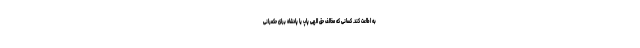
به اطاعت کند. کسانی که مخالف حق الهی پاپ‌ یا پادشاه برای حکمرانی